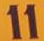
11